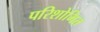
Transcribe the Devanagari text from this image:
परिशोभित